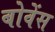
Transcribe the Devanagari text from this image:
बोवेंस